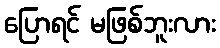
ပြောရင် မဖြစ်ဘူးလား